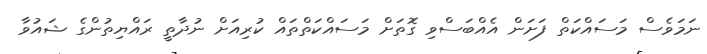
ނަމަވެސް މަސައްކަތް ފަށަން އެއްބަސްވި ގޮތަށް މަސައްކަތްތައް ކުރިއަށް ނުދާތީ ރައްޔިތުންގެ ޝައުވާ